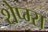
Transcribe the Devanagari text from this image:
शेप्म्स